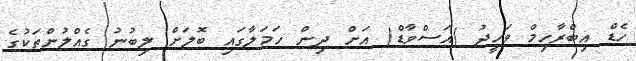
ހެޑް އިބްރާހިމް ވަހީދު )އަސްވާޑް( އަށް ދިން ހަމަލާގައި ބޮލަށް ލިބުނު ގެއްލުންތަކުގެ